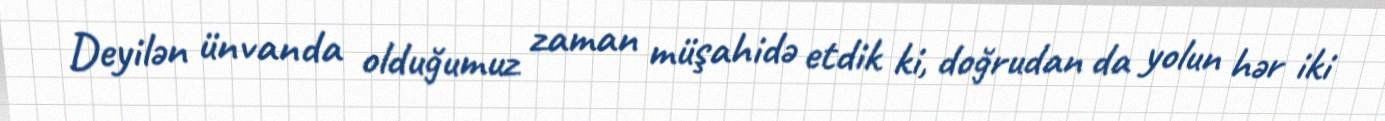
Deyilən ünvanda olduğumuz zaman müşahidə etdik ki, doğrudan da yolun hər iki